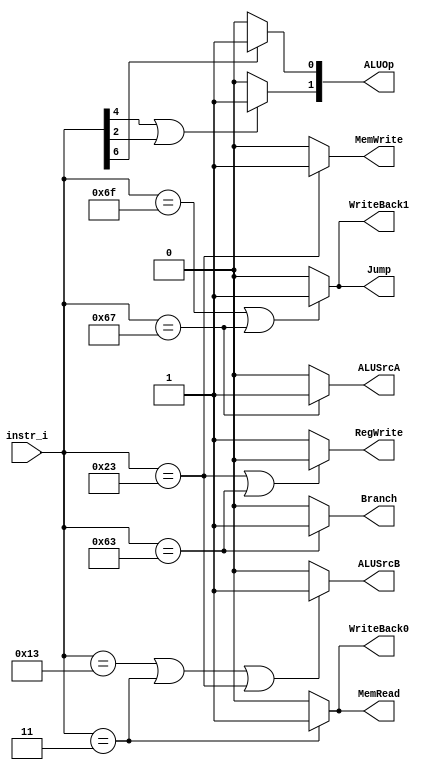
/***************************************************
Student Name: 
Student ID: group24_0816162_0812203
***************************************************/

   `timescale 1ns/1ps

   module Decoder(
       input   [7-1:0]     instr_i,
       output              RegWrite,
       output              Branch,
       output              Jump,
       output              WriteBack1,
       output              WriteBack0,
       output              MemRead,
       output              MemWrite,
       output              ALUSrcA,
       output              ALUSrcB,
       output  [2-1:0]     ALUOp
   );

   /* Write your code HERE */

   // R-type  0110011
   // addi    0010011
   // lw    0000011
   // sw    0100011
   // beq   1100011
   // jal   1101111
   // jalr    1100111

   assign RegWrite = (instr_i == 7'b0100011 || instr_i == 7'b1100011)? 0:1;
   assign Branch = (instr_i == 7'b1100011)? 1:0;
   assign Jump = (instr_i == 7'b1101111 || instr_i == 7'b1100111)? 1:0;
   assign WriteBack1 = (instr_i == 7'b1101111 || instr_i == 7'b1100111)? 1:0;
   assign WriteBack0 = (instr_i == 7'b0000011)? 1:0;
   assign MemRead = (instr_i == 7'b0000011)? 1:0;
   assign MemWrite = (instr_i == 7'b0100011)? 1:0;
   assign ALUSrcA = (instr_i == 7'b1100111)? 1:0;
   assign ALUSrcB = (instr_i == 7'b0010011 || instr_i == 7'b0000011 || instr_i == 7'b0100011)? 1:0;

   assign ALUOp[1] = (instr_i[4] == 1 || instr_i[2] ==1)? 1:0;
   assign ALUOp[0] = (instr_i[6] == 1)? 1:0;


   endmodule